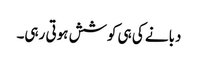
دبانے کی ہی کوشش ہوتی رہی۔